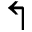
\Lsh